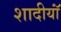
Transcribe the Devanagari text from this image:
शादीयाॅं